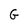
Character: G